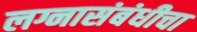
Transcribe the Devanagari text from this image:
लग्नासंबंधीचा